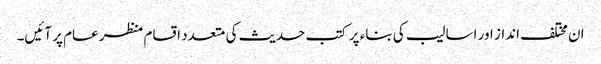
ان مختلف انداز اور اسالیب کی بناء پر کتب حدیث کی متعدد اقسام منظر عام پر آئیں۔